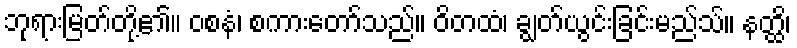
ဘုရားမြတ်တို့၏။ ဝစနံ၊ စကားတော်သည်။ ဝိတထံ၊ ချွတ်ယွင်းခြင်းမည်သ်။ နတ္ထိ၊